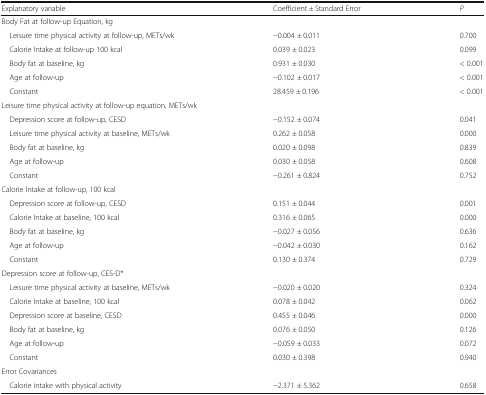
<table><thead><tr><td><b>Explanatory variable</b></td><td><b>Coefficient ± Standard Error</b></td><td><b><i>P</i></b></td></tr></thead><tbody><tr><td colspan="3">Body Fat at follow-up Equation, kg</td></tr><tr><td> Leisure time physical activity at follow-up, METs/wk</td><td>−0.004 ± 0.011</td><td>0.700</td></tr><tr><td> Calorie Intake at follow-up 100 kcal</td><td>0.039 ± 0.023</td><td>0.099</td></tr><tr><td> Body fat at baseline, kg</td><td>0.931 ± 0.030</td><td>&lt; 0.001</td></tr><tr><td> Age at follow-up</td><td>−0.102 ± 0.017</td><td>&lt; 0.001</td></tr><tr><td> Constant</td><td>28.459 ± 0.196</td><td>&lt; 0.001</td></tr><tr><td colspan="3">Leisure time physical activity at follow-up equation, METs/wk</td></tr><tr><td> Depression score at follow-up, CESD</td><td>−0.152 ± 0.074</td><td>0.041</td></tr><tr><td> Leisure time physical activity at baseline, METs/wk</td><td>0.262 ± 0.058</td><td>0.000</td></tr><tr><td> Body fat at baseline, kg</td><td>0.020 ± 0.098</td><td>0.839</td></tr><tr><td> Age at follow-up</td><td>0.030 ± 0.058</td><td>0.608</td></tr><tr><td> Constant</td><td>−0.261 ± 0.824</td><td>0.752</td></tr><tr><td colspan="3">Calorie Intake at follow-up, 100 kcal</td></tr><tr><td> Depression score at follow-up, CESD</td><td>0.151 ± 0.044</td><td>0.001</td></tr><tr><td> Calorie Intake at baseline, 100 kcal</td><td>0.316 ± 0.065</td><td>0.000</td></tr><tr><td> Body fat at baseline, kg</td><td>−0.027 ± 0.056</td><td>0.636</td></tr><tr><td> Age at follow-up</td><td>−0.042 ± 0.030</td><td>0.162</td></tr><tr><td> Constant</td><td>0.130 ± 0.374</td><td>0.729</td></tr><tr><td colspan="3">Depression score at follow-up, CES-D*</td></tr><tr><td> Leisure time physical activity at baseline, METs/wk</td><td>−0.020 ± 0.020</td><td>0.324</td></tr><tr><td> Calorie Intake at baseline, 100 kcal</td><td>0.078 ± 0.042</td><td>0.062</td></tr><tr><td> Depression score at baseline, CESD</td><td>0.455 ± 0.046</td><td>0.000</td></tr><tr><td> Body fat at baseline, kg</td><td>0.076 ± 0.050</td><td>0.126</td></tr><tr><td> Age at follow-up</td><td>−0.059 ± 0.033</td><td>0.072</td></tr><tr><td> Constant</td><td>0.030 ± 0.398</td><td>0.940</td></tr><tr><td colspan="3">Error Covariances</td></tr><tr><td> Calorie intake with physical activity</td><td>−2.371 ± 5.362</td><td>0.658</td></tr></tbody></table>